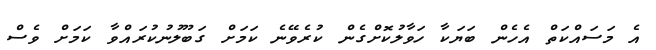
އެ މަސައްކަތް އެހެން ބަޔަކާ ހަވާލުކޮށްގެން ކުރެވޭނެ ކަމަށް ގަބޫލުނުކުރައްވާ ކަމަށް ވެސް